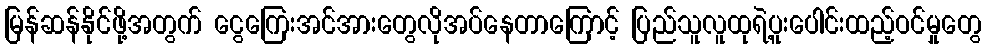
မြန်ဆန်နိုင်ဖို့အတွက် ငွေကြေးအင်အားတွေလိုအပ်နေတာကြောင့် ပြည်သူလူထုရဲ့ပူးပေါင်းထည့်ဝင်မှုတွေ